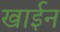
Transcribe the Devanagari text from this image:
खाईन